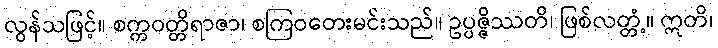
လွန်သဖြင့်။ စက္ကဝတ္တိရာဇာ၊ စကြဝတေးမင်းသည်။ ဥပ္ပဇ္ဇိဿတိ၊ ဖြစ်လတ္တံ့။ ဣတိ၊